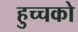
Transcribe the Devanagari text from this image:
हुच्चको